Medical and sanitary report of the native army of Madras for the year
Year: 1877
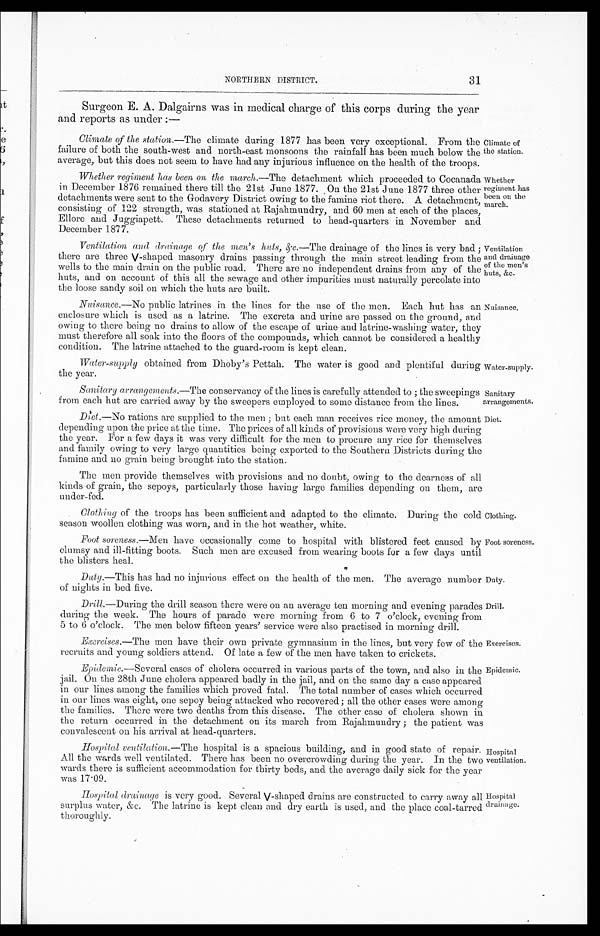
Climate of
the station.
Whether
regiment has
been on the
march.
Sanitary
arrangements.
Diet.
Exercises.
Epidemic.
31
NORTHERN DISTRICT.
Surgeon E. A. Dalgairns was in medical charge of this corps during the year
and reports as under : —
Climate of the station. —The climate during 1877 has been very exceptional. From the
failure of both the south-west and north-east monsoons the rainfall has been much below the
average, but this does not seem to have had any injurious influence on the health of the troops.
Whether regiment has been on the march.—The detachment which proceeded to Cocanada
in December 1876 remained there till the 21st June 1877. On the 21st June 1877 three other
detachments were sent to the Godavery District owing to the famine riot there. A detachment,
consisting of 122 strength, was stationed at Rajahmundry, and 60 men at each of the places,
Ellore and Juggiapett. These detachments returned to head-quarters in November and
December 1877.
Ventilation and drainage of the men's hats, &c. —The drainage of the lines is very bad ;
there are three V-shaped masonry drains passing through the main street leading from the
wells to the main drain on the public road. There are no independent drains from any of the
huts, and on account of this all the sewage and other impurities must naturally percolate into
the loose sandy soil on which the huts are built.
Ventilation
and drainage
of the men's
huts, &c.
Nuisance. —No public latrines in the lines for the use of the men. Each hut has an
enclosure which is used as a latrine. The excreta and urine are passed on the ground, and
owing to there being no drains to allow of the escape of urine and latrine-washing water, they
must therefore all soak into the floors of the compounds, which cannot be considered a healthy
condition. The latrine attached to the guard-room is kept clean.
Water-supply obtained from Dhoby's Pettah. The water is good and plentiful during
the year.
Nuisance.
water-supply.
Sanitary arrangements. —The conservancy of the lines is carefully attended to ; the sweepings
from each hut are carried away by the sweepers employed to some distance from the lines.
Diet. —No rations are supplied to the men; but each man receives rice money, the amount
depending upon the price at the time. The prices of all kinds of provisions were very high during
the year. For a few days it was very difficult for the men to procure any rice for themselves
and family owing to very large quantities being exported to the Southern Districts during the
famine and no grain being brought into the station.
The men provide themselves with provisions and no doubt, owing to the dearness of all
kinds of grain, the sepoys, particularly those having large families depending on them, are
under-fed.
Clothing of the troops has been sufficient and adapted to the climate. During the cold
season woollen clothing was worn, and in the hot weather, white.
Foot soreness. —Men have occasionally come to hospital with blistered feet caused by
clumsy and ill-fitting boots. Such men are excused from wearing boots for a few days until
the blisters heal.
Duty. —This has had no injurious effect on the health of the men. The average number
of nights in bed five.
Clothing.
Foot soreness.
Duty.
Drill. —During the drill season there were on an average ten morning and evening parades
during the week. The hours of parade were morning from 6 to 7 o'clock, evening from
5 to 6 o'clock. The men below fifteen years' service were also practised in morning drill.
Exercises. —The men have their own private gymnasium in the lines, but very few of t
he
recruits and young soldiers attend. Of late a few of the men have taken to crickets.
Epidemic. —Several cases of cholera occurred in various parts of the town, and also in the
jail. On the 28th June cholera appeared badly in the jail, and on the same day a case appeared
in our lines among the families which proved fatal. The total number of cases which occurred
in our lines was eight, one sepoy being attacked who recovered; all the other cases were among
the families. There were two deaths from this disease. The other case of cholera shown in
the return occurred in the detachment on its march from Rajahmundry ; the patient was
convalescent on his arrival at head-quarters.
Hospital ventilation. —The hospital is a spacious building, and in good state of repair.
All the wards well ventilated. There has been no overcrowding during the year. In the two
wards there is sufficient accommodation for thirty beds, and the average daily sick for the year
was 17.09.
Hospital drainage is very good. Several V-shaped drains are constructed to carry away all
surplus water, &c. The latrine is kept clean and dry earth is used, and the place coal-tarred
thoroughly.
Drill.
Hospital
ventilation.
Hospital
drainage.